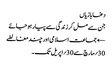
دغابازیاں
جن سے مل کر زندگی سے پیار ہو جائے
← جماعت اسلامی اور چند مغالطے
30؍مارچ سے 30؍اپریل تک۔